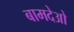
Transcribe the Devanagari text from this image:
बामदेओ